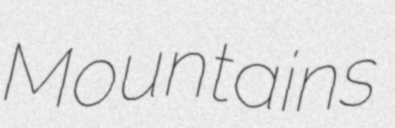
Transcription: Mountains